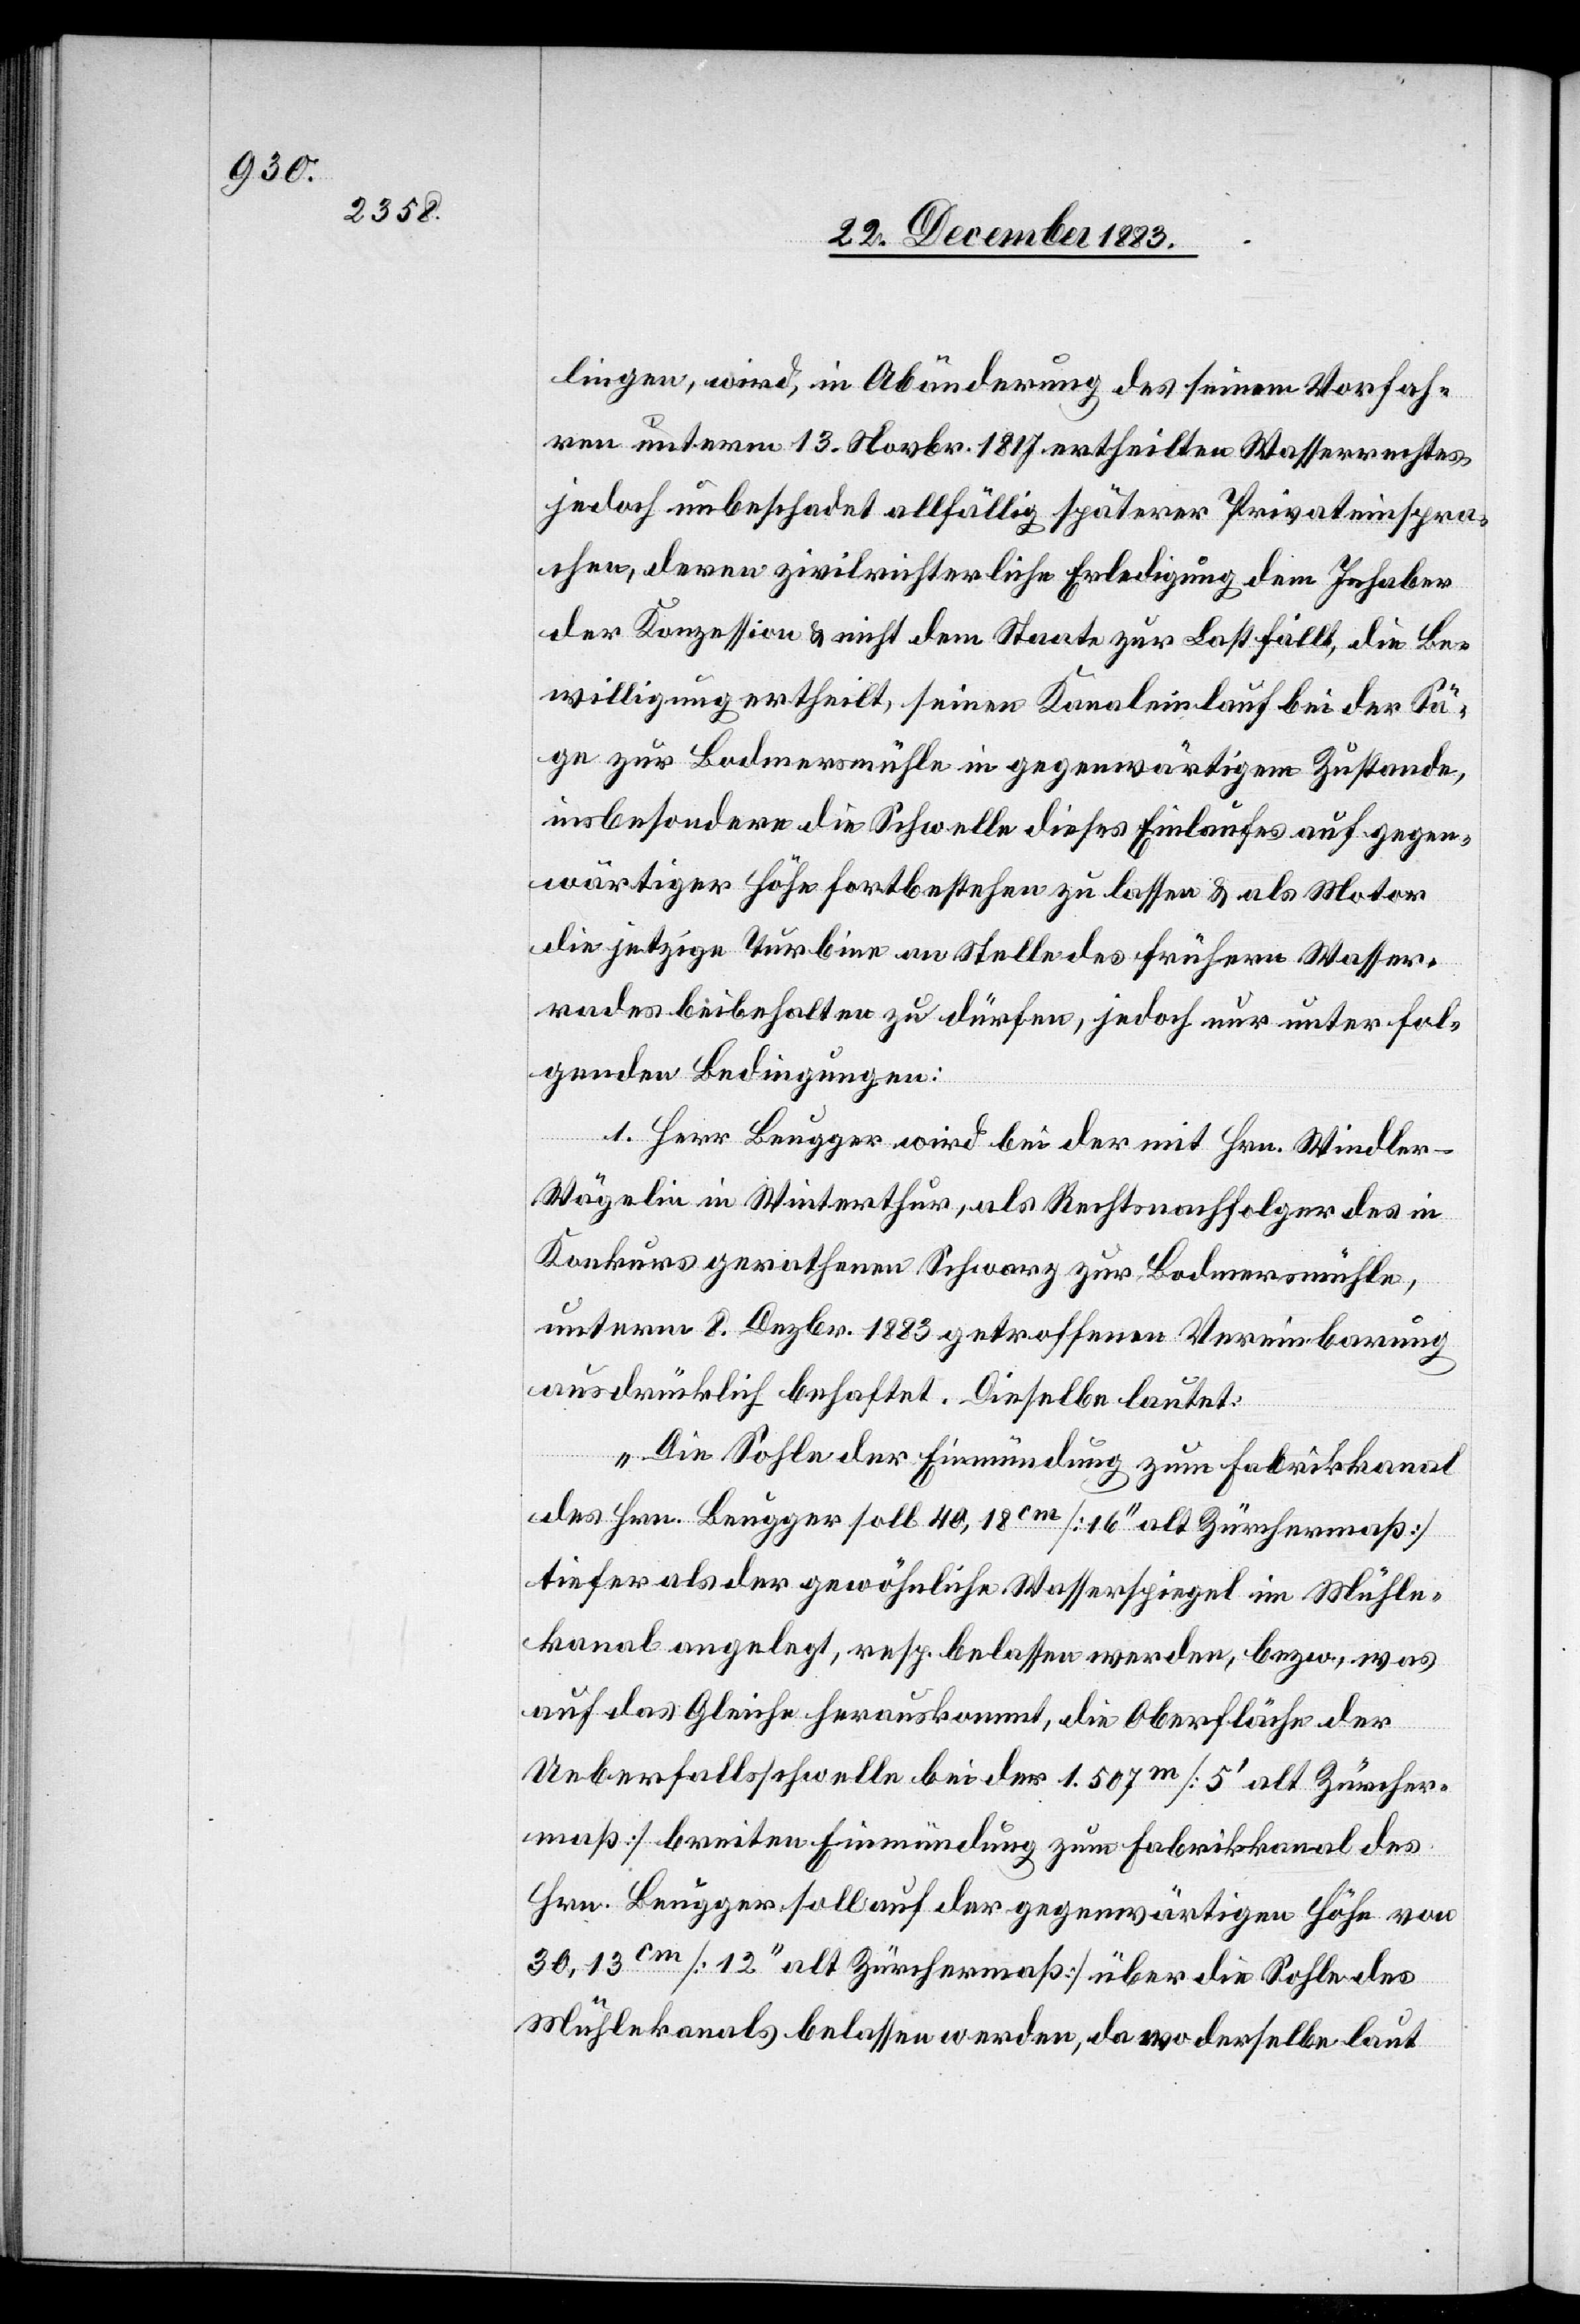
lingen, wird, in Abänderung des seinem Vorfah¬
ren unterm 13. Novbr. 1817 ertheilten Wasserrechtes
jedoch unbeschadet allfällig späterer Privateinspra¬
chen, deren zivilrichterliche Erledigung dem Inhaber
der Konzession & nicht dem Staate zur Last fällt, die Be¬
willigung ertheilt, seinen Kanaleinlauf bei der Sä¬
ge zur Bodmersmühle in gegenwärtigen Zustande,
insbesondere die Schwelle dieses Einlaufes auf gegen¬
wärtiger Höhe fortbestehen zu lassen & als Motor
die jetzige Turbine an Stelle des frühern Wasser¬
rades beibehalten zu dürfen, jedoch nur unter fol¬
genden Bedingungen:
1. Herr Brugger wird bei der mit Hrn. Windler-W¬
ägelin in Winterthur, als Rechtsnachfolger des in
Konkurs gerathenen Schwarz zur Bodmersmühle,
unterm 8. Dezbr 1883 getroffenen Vereinbarung
ausdrücklich behaftet. Dieselbe lautet:
„Die Sohle der Einmündung zum Fabrikkanal
des Hrn. Brugger soll 40,18cm [16‘‘ alt Zürchermaß]
tiefer als der gewöhnliche Wasserspiegel im Mühle¬
kanal angelegt, resp. belassen werden, bezw., was
auf das Gleiche herauskommt, die Oberfläche der
Ueberfallsschwelle bei der 1.507m [5‘ alt Zürcher¬
maß] breiten Einmündung zum Fabrikkanal des
Hrn. Brugger soll auf der gegenwärtigen Höhe von
30,13cm [12‘‘ alt Zürchermaß] über die Sohle des
Mühlekanals belassen werden, da wo derselbe laut